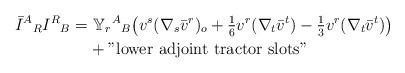
LaTeX: \begin{align*}\bar{I}^{A}{}_{R}I^{R}{}_{B}= & \,\, {\mathbb Y}_{r}{}^A{}_B\big(v^s(\nabla_s\bar{v}^r)_o +\tfrac{1}{6}v^r(\nabla_t\bar{v}^t)-\tfrac{1}{3}v^r(\nabla_t\bar{v}^t)\big) \\& + \mathrm{"lower\,\, adjoint\,\, tractor \,\, slots"}\end{align*}